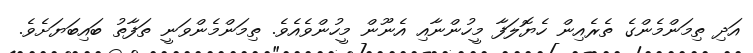
އަދި ތިމަންމެންގެ ތެރެއިން ހެޔޮލަފާ މީހުންނާއި އެނޫން މީހުންވެއެވެ. ތިމަންމެންވަނީ ތަފާތު ބައިބަޔަށެވެ.